Report of the Imperial Institute of Veterinary Research, Muktesar
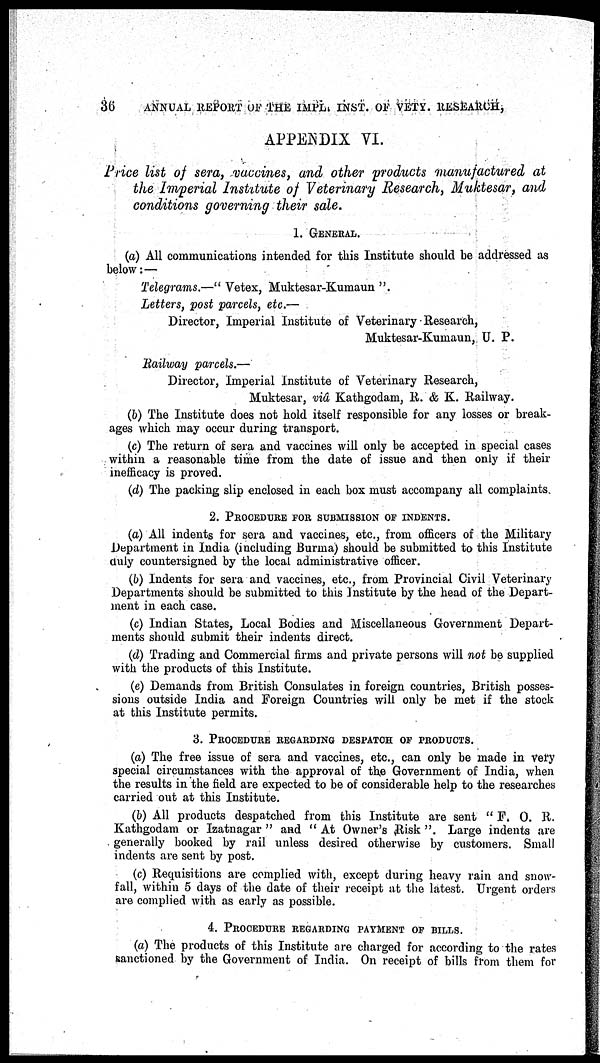
36 ANNUAL REPORT OF THE IMPL. INST. OF VETY. RESEARCH,
APPENDIX VI.
Price list of sera, vaccines, and other products manufactured at
the Imperial Institute of Veterinary Research, Muktesar, and
conditions governing their sale.
1. GENERAL.
(a) All communications intended for this Institute should be addressed as
below:—
Telegrams.—" Vetex, Muktesar-Kumaun ".
Letters, post parcels, etc.—
Director, Imperial Institute of Veterinary Research,
Muktesar-Kumaun, U. P.
Railway parcels.—
Director, Imperial Institute of Veterinary Research,
Muktesar, viâ Kathgodam, R. & K. Railway.
(b) The Institute does not hold itself responsible for any losses or break-
ages which may occur during transport.
(c) The return of sera and vaccines will only be accepted in special cases
within a reasonable time from the date of issue and then only if their
inefficacy is proved.
(d) The packing slip enclosed in each box must accompany all complaints.
2. PROCEDURE FOR SUBMISSION OF INDENTS.
(a) All indents for sera and vaccines, etc., from officers of the Military
Department in India (including Burma) should be submitted to this Institute
duly countersigned by the local administrative officer.
(b) Indents for sera and vaccines, etc., from Provincial Civil Veterinary
Departments should be submitted to this Institute by the head of the Depart-
ment in each case.
(c) Indian States, Local Bodies and Miscellaneous Government Depart-
ments should submit their indents direct.
(d) Trading and Commercial firms and private persons will not be supplied
with the products of this Institute.
(e) Demands from British Consulates in foreign countries, British posses-
sions outside India and Foreign Countries will only be met if the stock
at this Institute permits.
3. PROCEDURE REGARDING DESPATCH OF PRODUCTS.
(a) The free issue of sera and vaccines, etc., can only be made in very
special circumstances with the approval of the Government of India, when
the results in the field are expected to be of considerable help to the researches
carried out at this Institute.
(b) All products despatched from this Institute are sent " F. O. R.
Kathgodam or Izatnagar " and " At Owner's Risk ". Large indents are
generally booked by rail unless desired otherwise by customers. Small
indents are sent by post.
(c) Requisitions are complied with, except during heavy rain and snow-
fall, within 5 days of the date of their receipt at the latest. Urgent orders
are complied with as early as possible.
4. PROCEDURE REGARDING PAYMENT OF BILLS.
(a) The products of this Institute are charged for according to the rates
sanctioned by the Government of India. On receipt of bills from them for